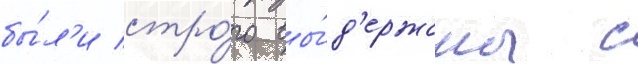
бы́л'и стро́го вы́д'ержаны с